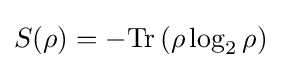
S(\rho )=-{\hbox{Tr}}\left(\rho \log _{2}{\rho }\right)